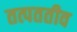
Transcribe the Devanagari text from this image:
तत्पततीव